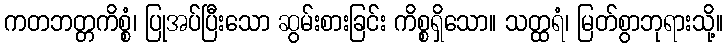
ကတဘတ္တကိစ္စံ၊ ပြုအပ်ပြီးသော ဆွမ်းစားခြင်း ကိစ္စရှိသော။ သတ္ထရံ၊ မြတ်စွာဘုရားသို့။